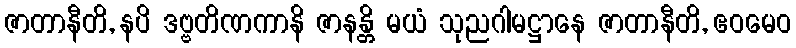
ဇာတာနီတိ, နပိ ဒဗ္ဗတိဏကာနိ ဇာနန္တိ မယံ သုညဂါမဋ္ဌာနေ ဇာတာနီတိ, ဧဝမေဝ